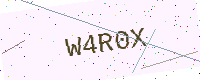
Text: W4R0X